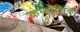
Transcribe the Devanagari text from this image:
क्रमदेशिक